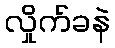
လှိုက်ခနဲ